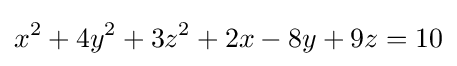
x^{2}+4y^{2}+3z^{2}+2x-8y+9z=10